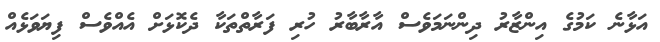
އަޅާނެ ކަމުގެ އިންޒާރު ދިންނަމަވެސް އާރާބާރު ހުރި ފަރާތްތަކާ ދެކޮޅަށް އެއްވެސް ފިޔަވަޅެއް